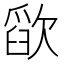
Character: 𰙗